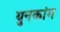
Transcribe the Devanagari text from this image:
युनकांग